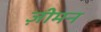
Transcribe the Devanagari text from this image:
ज़ीमन